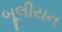
બૂલીયન